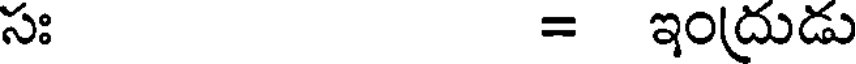
సః = ఇంద్రుడు